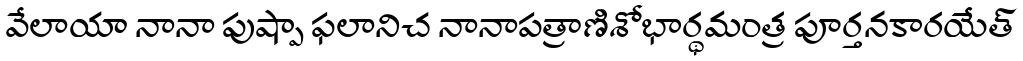
వేలాయా నానా పుష్పా ఫలానిచ నానాపత్రాణిశోభార్థమంత్ర పూర్తనకారయేత్